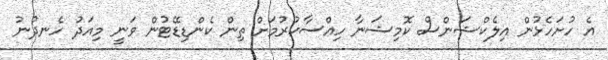
އެ ހުށަހެޅުން އިލެކްޝަންސް ކޮމިޝަނާ ހިއްސާކުރުމަށް ތިން ކެންޑިޑޭޓުން ވަނީ މިއަދު ހެނދުނު